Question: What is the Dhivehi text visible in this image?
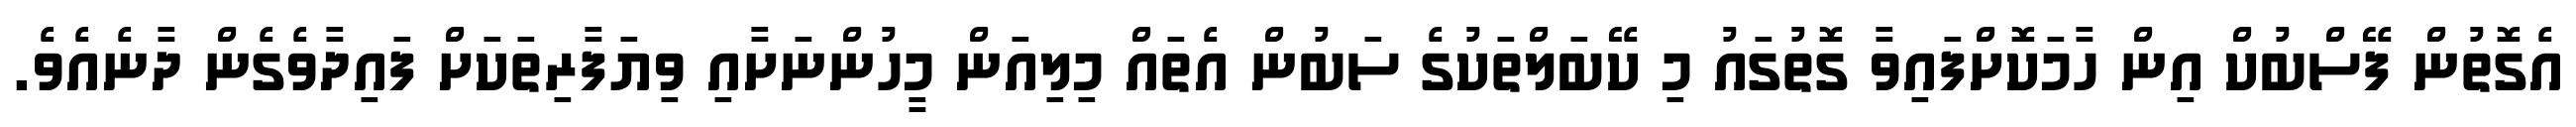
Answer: އެގޮތުން ފޭސްބުކް އިން ހާމަކޮށްފައިވާ ގޮތުގައު މި ކޭބަލްތަކުގެ ސަބުން އެތައް މިލިއަން މީހުންނަށާއި ވިޔަފާރިތަކަށް ފައިދާވެގެން ދާނެއެވެ.